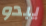
يبدو